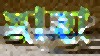
স্বাহা